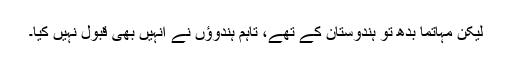
لیکن مہاتما بدھ تو ہندوستان کے تھے، تاہم ہندوؤں نے انہیں بھی قبول نہیں کیا۔